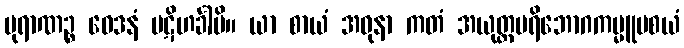
ပုရာဏဉ္စ ဝေဒနံ ပဋိဟင်္ခါမိ။ ယာ စာယံ အဓုနာ ကတံ အယုတ္တပရိဘောဂကမ္မူပစယံ